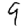
Digit: 9